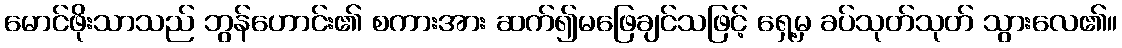
မောင်ဖိုးသာသည် ဘွန်ဟောင်း၏ စကားအား ဆက်၍မဖြေချင်သဖြင့် ရှေ့မှ ခပ်သုတ်သုတ် သွားလေ၏။